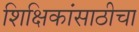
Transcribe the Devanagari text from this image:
शिक्षिकांसाठीचा